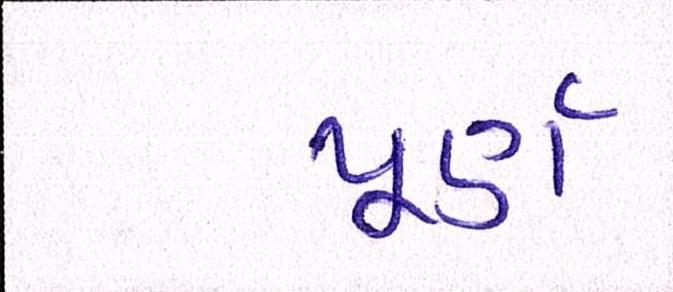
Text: પૂર્ણ